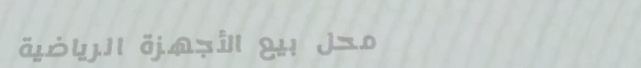
محل بيع الأجهزة الرياضية